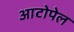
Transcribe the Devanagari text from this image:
आटोपेल